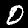
Label: 0